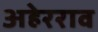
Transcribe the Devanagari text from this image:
अहेरराव